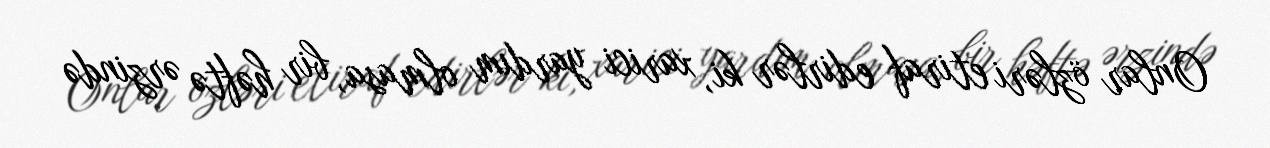
Onlar özləri etiraf edirlər ki, xarici yardım olmasa, bir həftə ərzində